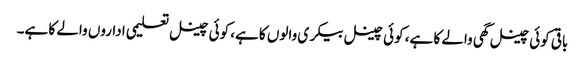
باقی کوئی چینل گھی والے کا ہے، کوئی چینل بیکری والوں کا ہے، کوئی چینل تعلیمی اداروں والے کا ہے۔